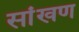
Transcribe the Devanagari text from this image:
सांखण